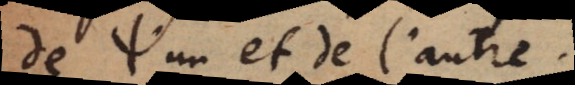
de l’un et de l’autre.